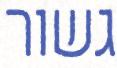
גשור